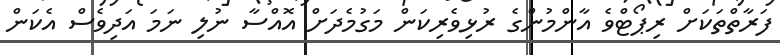
ފަރާތްތަކަށް ރިޕޯޓްވެ އާންމުންގެ ރުޅިވެރިކަން މަގުމެދަށް އޮއްސާ ނުލި ނަމަ އަދިވެސް އެކަން